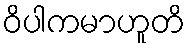
ဝိပါကမာဟူတိ